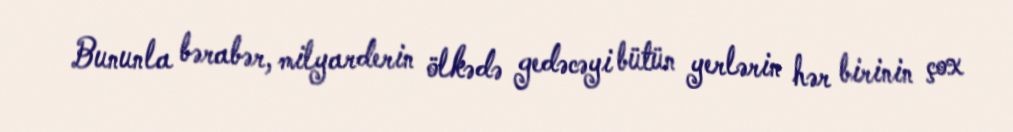
Bununla bərabər, milyarderin ölkədə gedəcəyi bütün yerlərin hər birinin çox